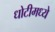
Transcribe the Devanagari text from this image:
धोटीमध्ये